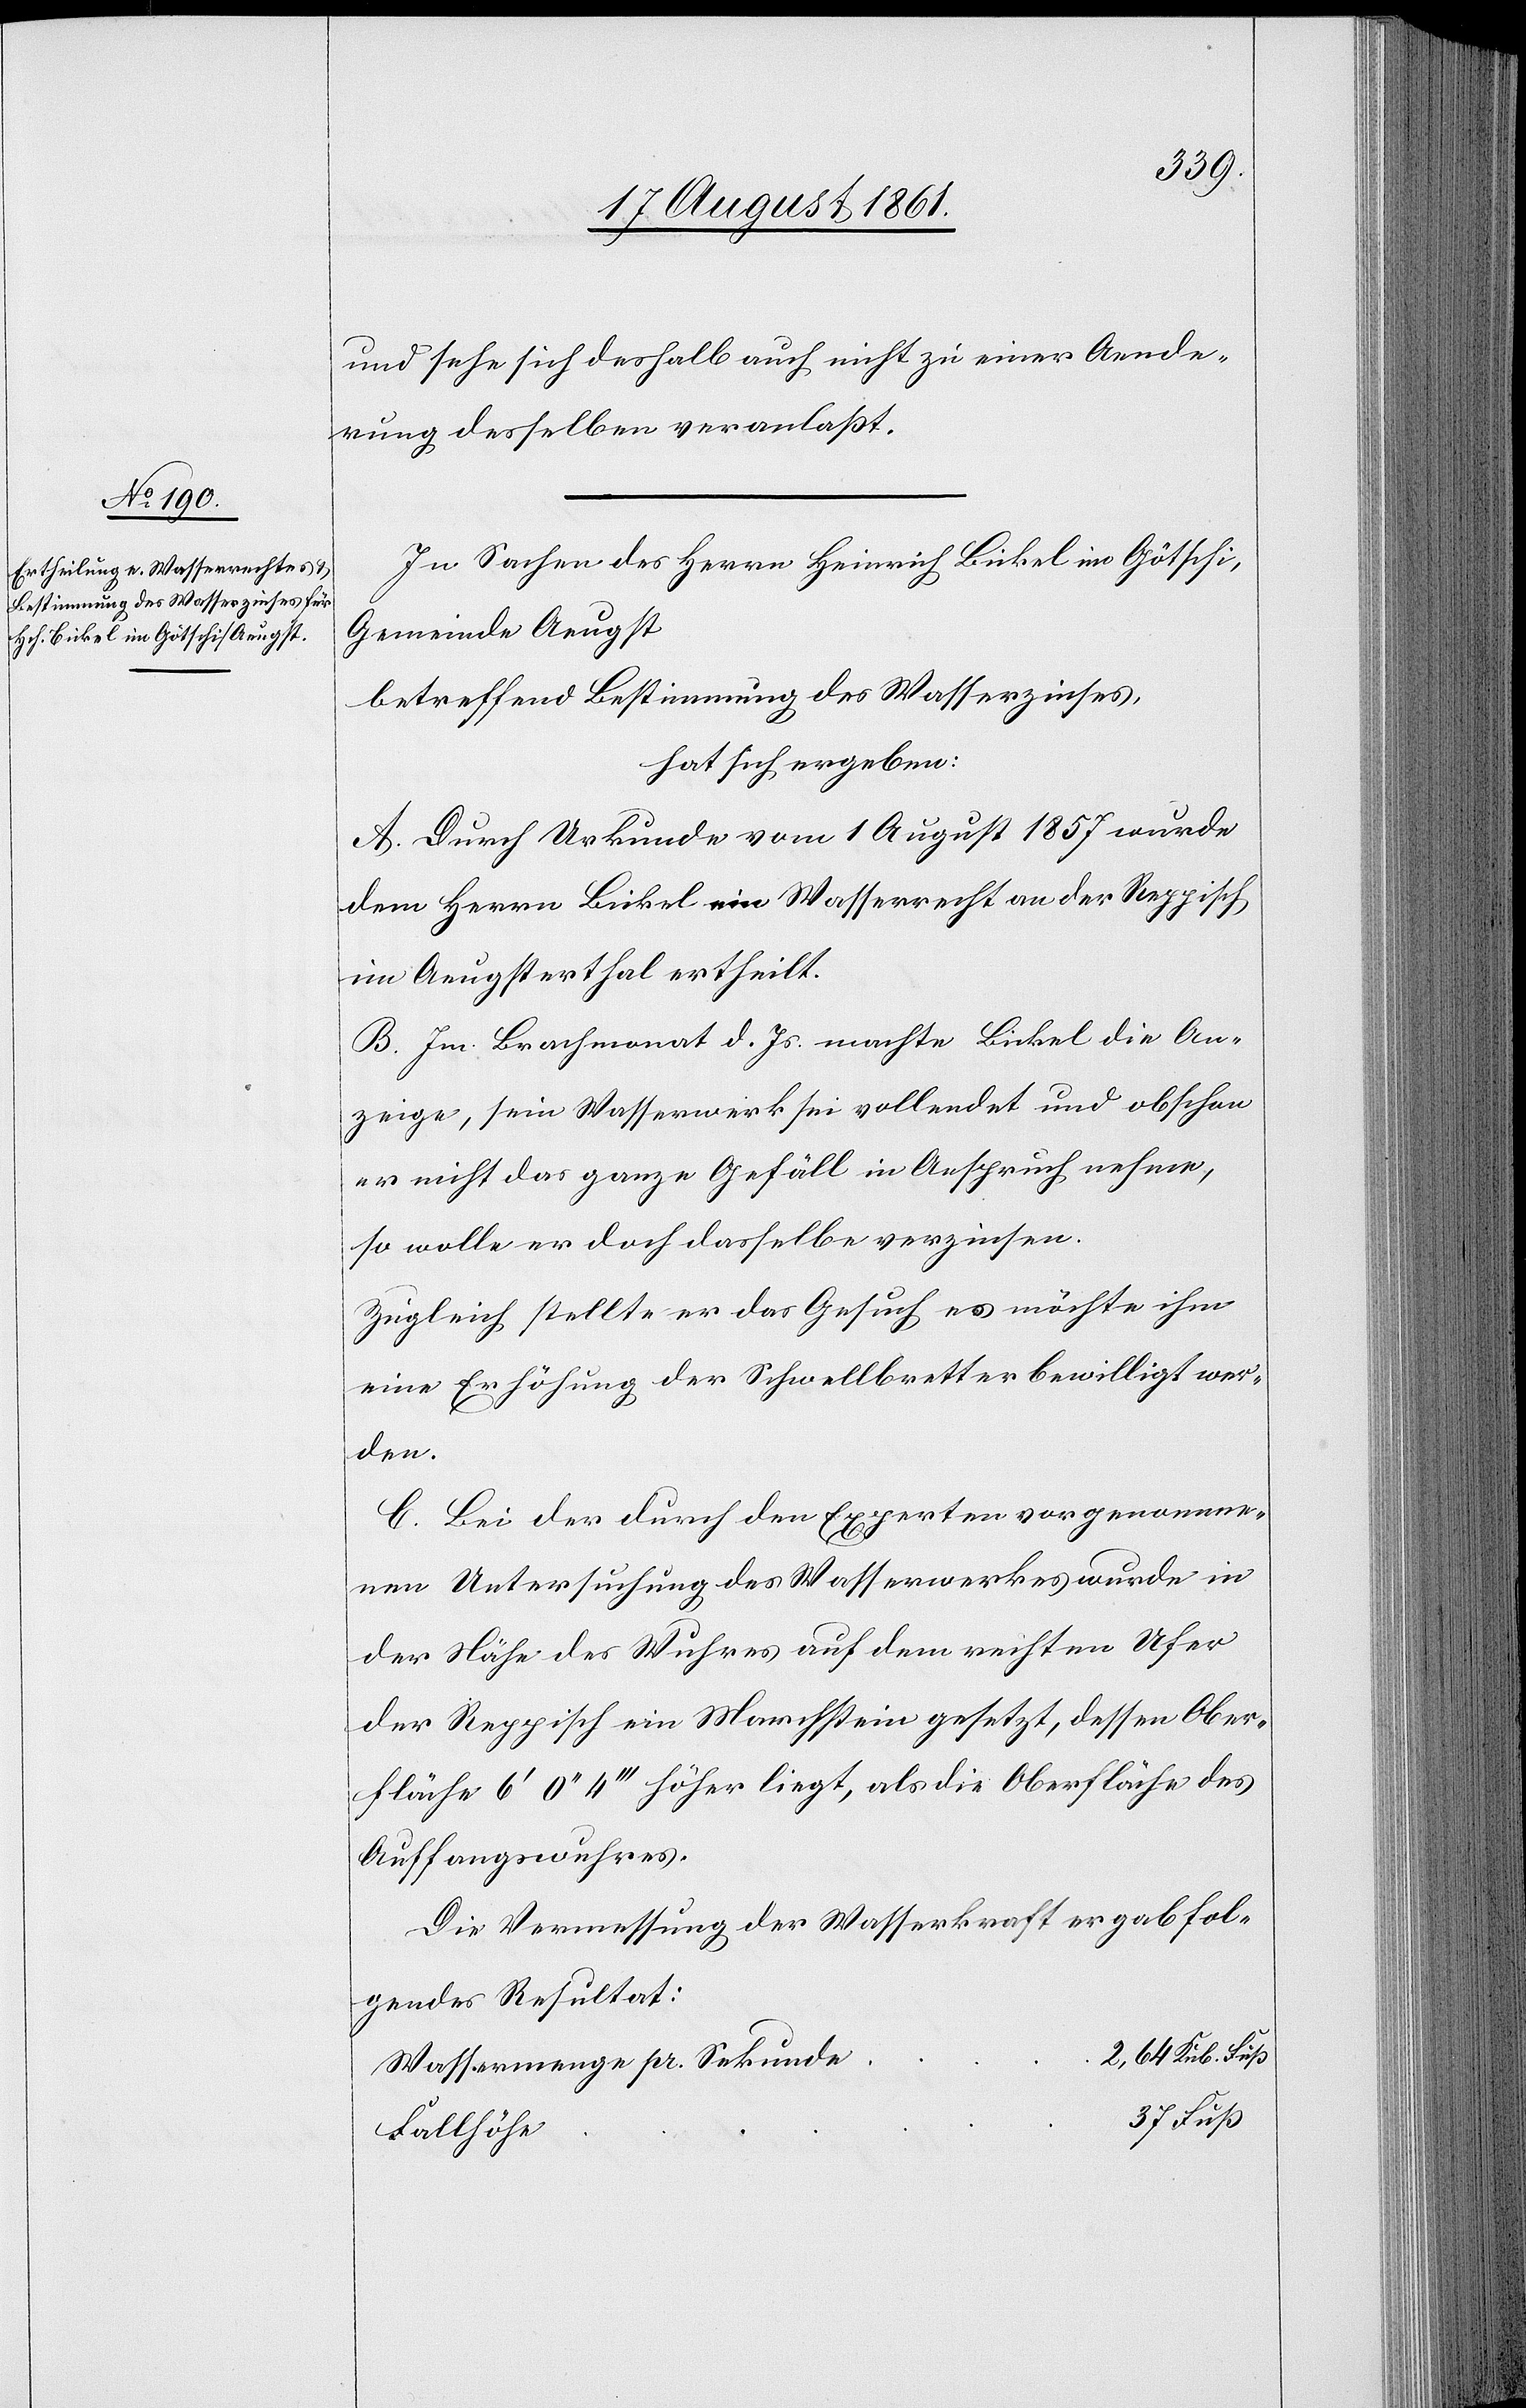
und sehe sich deshalb auch nicht zu einer Aende¬
rung desselben veranlaßt.
In Sachen des Herrn Heinrich Bickel im Götschi,
Gemeinde Aeugst
betreffend Bestimmung des Wasserzinses,
hat sich ergeben:
A. Durch Urkunden vom 1 August 1857 wurde
dem Herrn Bickel ein Wasserrecht an der Reppisch
im Aeugsterthal ertheilt.
B. Im Brachmonat d. Js. machte Bickel die An¬
zeige, sein Wasserwerk sei vollendet und obschon
er nicht das ganze Gefäll in Anspruch nehme,
so wolle er doch dasselbe verzinsen.
Zugleich stellte er das Gesuch es möchte ihm
eine Erhöhung der Schwellbretter bewilligt wer¬
den.
C. Bei der durch den Experten vorgenomme¬
nen Untersuchung des Wasserwerkes wurde in
der Nähe des Wuhres auf dem rechten Ufer
der Reppisch ein Marchstein gesetzt, dessen Ober¬
fläche 6’ 0’’ 4’’’ höher liegt, als die Oberfläche des
Auffangswuhres.
Die Vermessung der Wasserkraft ergab fol¬
gendes Resultat: